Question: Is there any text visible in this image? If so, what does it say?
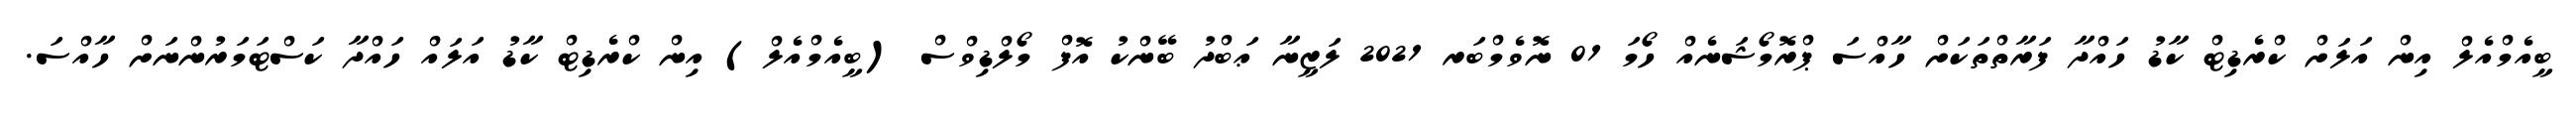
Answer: ބީއެމްއެލް އިން އަލަށް ކްރެޑިޓް ކާޑު ހައްދާ ފަރާތްތަކަށް ހާއްސަ ޕްރޮމޯޝަނެއް ހޯމަ 01 ނޮވެމްބަރ 2021 ލަޒީނާ ޢަބްދު ބޭންކު އޮފް މޯލްޑިވްސް (ބީއެމްއެލް) އިން ކްރެޑިޓް ކާޑު އަލައް ހައްދާ ކަސްޓަމަރުންނަށް ހާއްސަ.